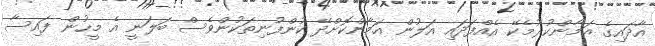
އާދައިގެ އަމާންކުރުމެކޭ އެއްފަދައި އަލުން އަމާންކޮށްދޭ ކުންފުނިތަކުންވެސް ބަލަނީ އެ މީހުން ފައިސާ